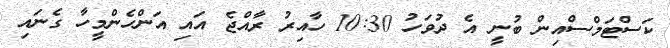
ކަސްޓަމްސްއިން ބުނީ އެ ދުވަހު 10:30 ހާއިރު ރާއްޖެ އައި އަންހެންމީހާ ގެނައި